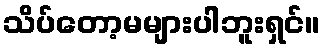
သိပ်တော့မများပါဘူးရှင်။